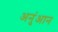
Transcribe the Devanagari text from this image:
अनुंआन